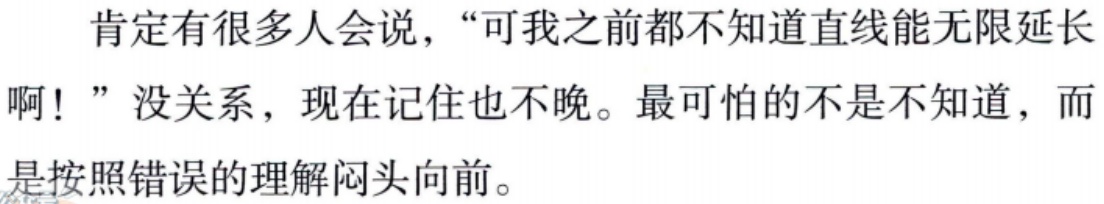
肯定有很多人会说，“可我之前都不知道直线能无限延长啊！”没关系，现在记住也不晚。最可怕的不是不知道，而是按照错误的理解闷头向前。